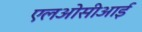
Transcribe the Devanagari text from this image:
एलओसीआई